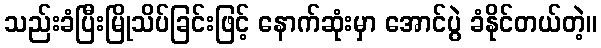
သည်းခံပြီးမြိုသိပ်ခြင်းဖြင့် နောက်ဆုံးမှာ အောင်ပွဲ ခံနိုင်တယ်တဲ့။